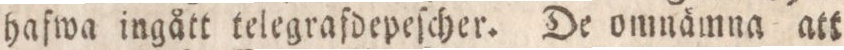
hafwa ingått telegrafdepeſcher. De omnämna att